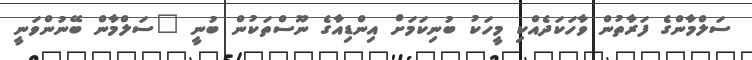
ސަލްމާންގެ ފަރާތުން ވާހަކަދެއްކި މީހަކު ބުނިކަމަށް އިންޑިއާގެ ނޫސްތަކުން ބުނީ "ސަލްމާން ބޭނުންވަނީ